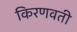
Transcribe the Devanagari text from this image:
किरणवती